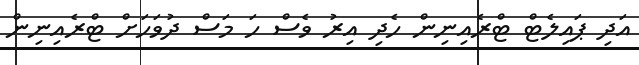
އަދި ޕައިލެޓް ޓްރެއިނިން ހެދި އިރު ވެސް ހަ މަސް ދުވަހަށް ޓްރެއިނިން